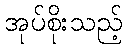
အုပ်စိုးသည့်